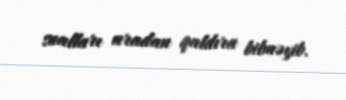
sualları aradan qaldıra bilməyib.